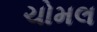
ચોમલ